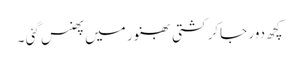
کچھ دور جاکر کشتی بھنور میں پھنس گئی ۔